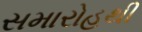
સમારોહથી